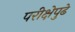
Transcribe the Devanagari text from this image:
परीक्षेपुढे